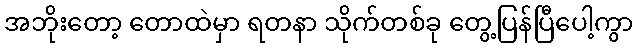
အဘိုးတော့ တောထဲမှာ ရတနာ သိုက်တစ်ခု တွေ့ပြန်ပြီပေါ့ကွာ